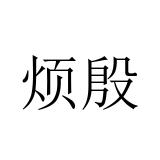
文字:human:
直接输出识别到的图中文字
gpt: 烦殷